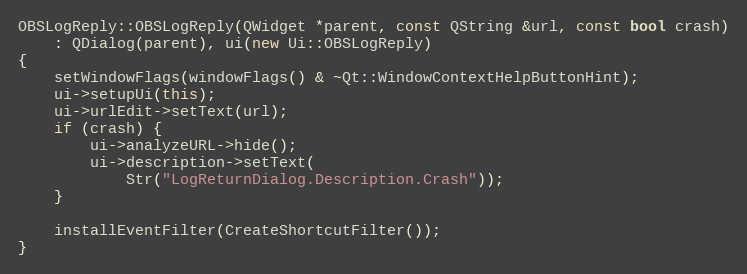
Language: C++
OBSLogReply::OBSLogReply(QWidget *parent, const QString &url, const bool crash)
	: QDialog(parent), ui(new Ui::OBSLogReply)
{
	setWindowFlags(windowFlags() & ~Qt::WindowContextHelpButtonHint);
	ui->setupUi(this);
	ui->urlEdit->setText(url);
	if (crash) {
		ui->analyzeURL->hide();
		ui->description->setText(
			Str("LogReturnDialog.Description.Crash"));
	}

	installEventFilter(CreateShortcutFilter());
}